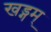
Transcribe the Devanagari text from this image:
खड्गम्